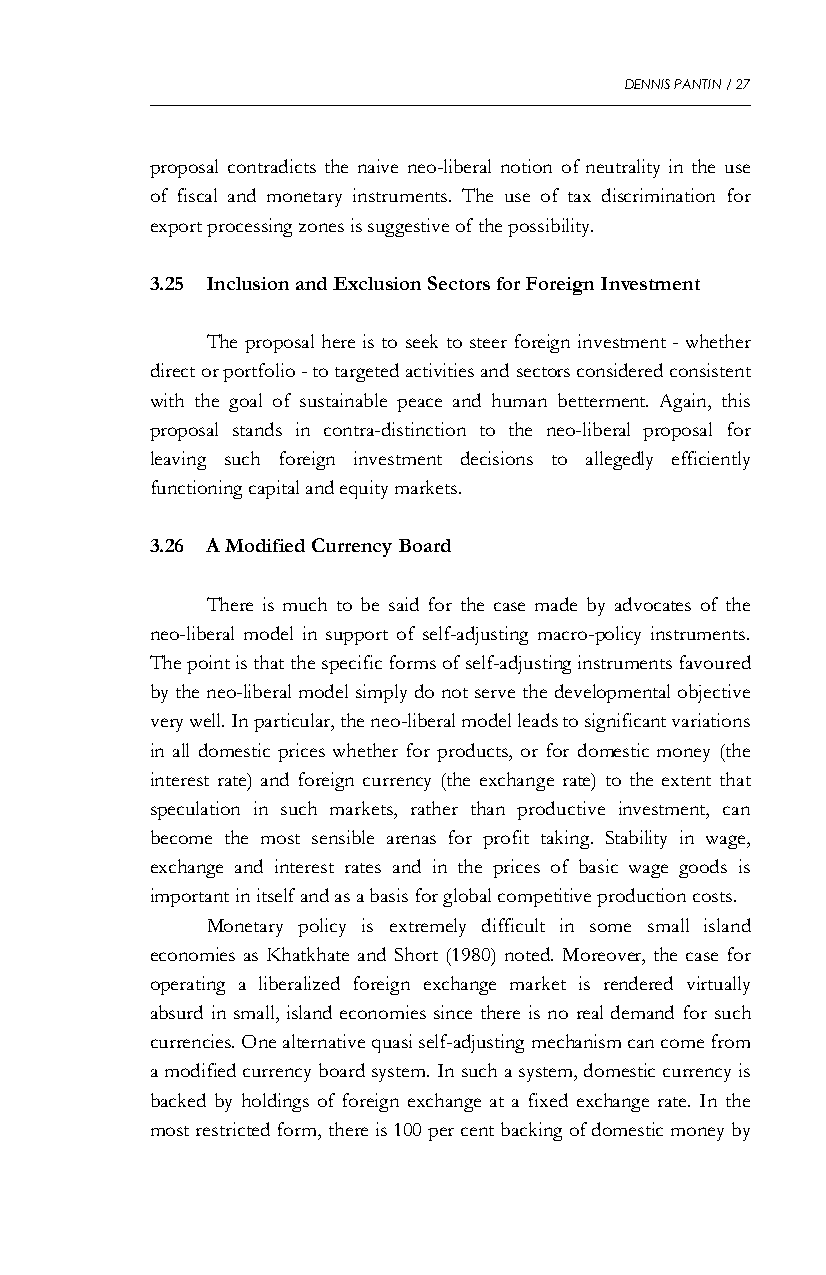
DENNIS PANTIN / 27
 proposal contradicts the naive neo-liberal notion of neutrality in the use
 of fiscal and monetary instruments. The use of tax discrimination for
 export processing zones is suggestive of the possibility.
 3.25 Inclusion and Exclusion Sectors for Foreign Investment
 The proposal here is to seek to steer foreign investment - whether
 direct or portfolio - to targeted activities and sectors considered consistent
 with the goal of sustainable peace and human betterment. Again, this
 proposal stands in contra-distinction to the neo-liberal proposal for
 leaving such foreign investment decisions to allegedly efficiently
 functioning capital and equity markets.
 3.26 A Modified Currency Board
 There is much to be said for the case made by advocates of the
 neo-liberal model in support of self-adjusting macro-policy instruments.
 The point is that the specific forms of self-adjusting instruments favoured
 by the neo-liberal model simply do not serve the developmental objective
 very well. In particular, the neo-liberal model leads to significant variations
 in all domestic prices whether for products, or for domestic money (the
 interest rate) and foreign currency (the exchange rate) to the extent that
 speculation in such markets, rather than productive investment, can
 become the most sensible arenas for profit taking. Stability in wage,
 exchange and interest rates and in the prices of basic wage goods is
 important in itself and as a basis for global competitive production costs.
 Monetary policy is extremely difficult in some small island
 economies as Khatkhate and Short (1980) noted. Moreover, the case for
 operating a liberalized foreign exchange market is rendered virtually
 absurd in small, island economies since there is no real demand for such
 currencies. One alternative quasi self-adjusting mechanism can come from
 a modified currency board system. In such a system, domestic currency is
 backed by holdings of foreign exchange at a fixed exchange rate. In the
 most restricted form, there is 100 per cent backing of domestic money by